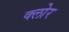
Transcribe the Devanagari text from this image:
क्लोर